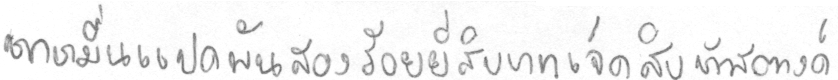
หกหมื่นแปดพันสองร้อยยี่สิบบาทเจ็ดสิบห้าสตางค์